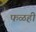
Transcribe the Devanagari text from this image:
फळही